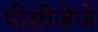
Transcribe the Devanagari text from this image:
पीसीजेजे